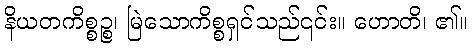
နိယတကိစ္စဉ္စ၊ မြဲသောကိစ္စရှင်သည်၎င်း။ ဟောတိ၊ ၏။